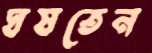
ঘষতেন